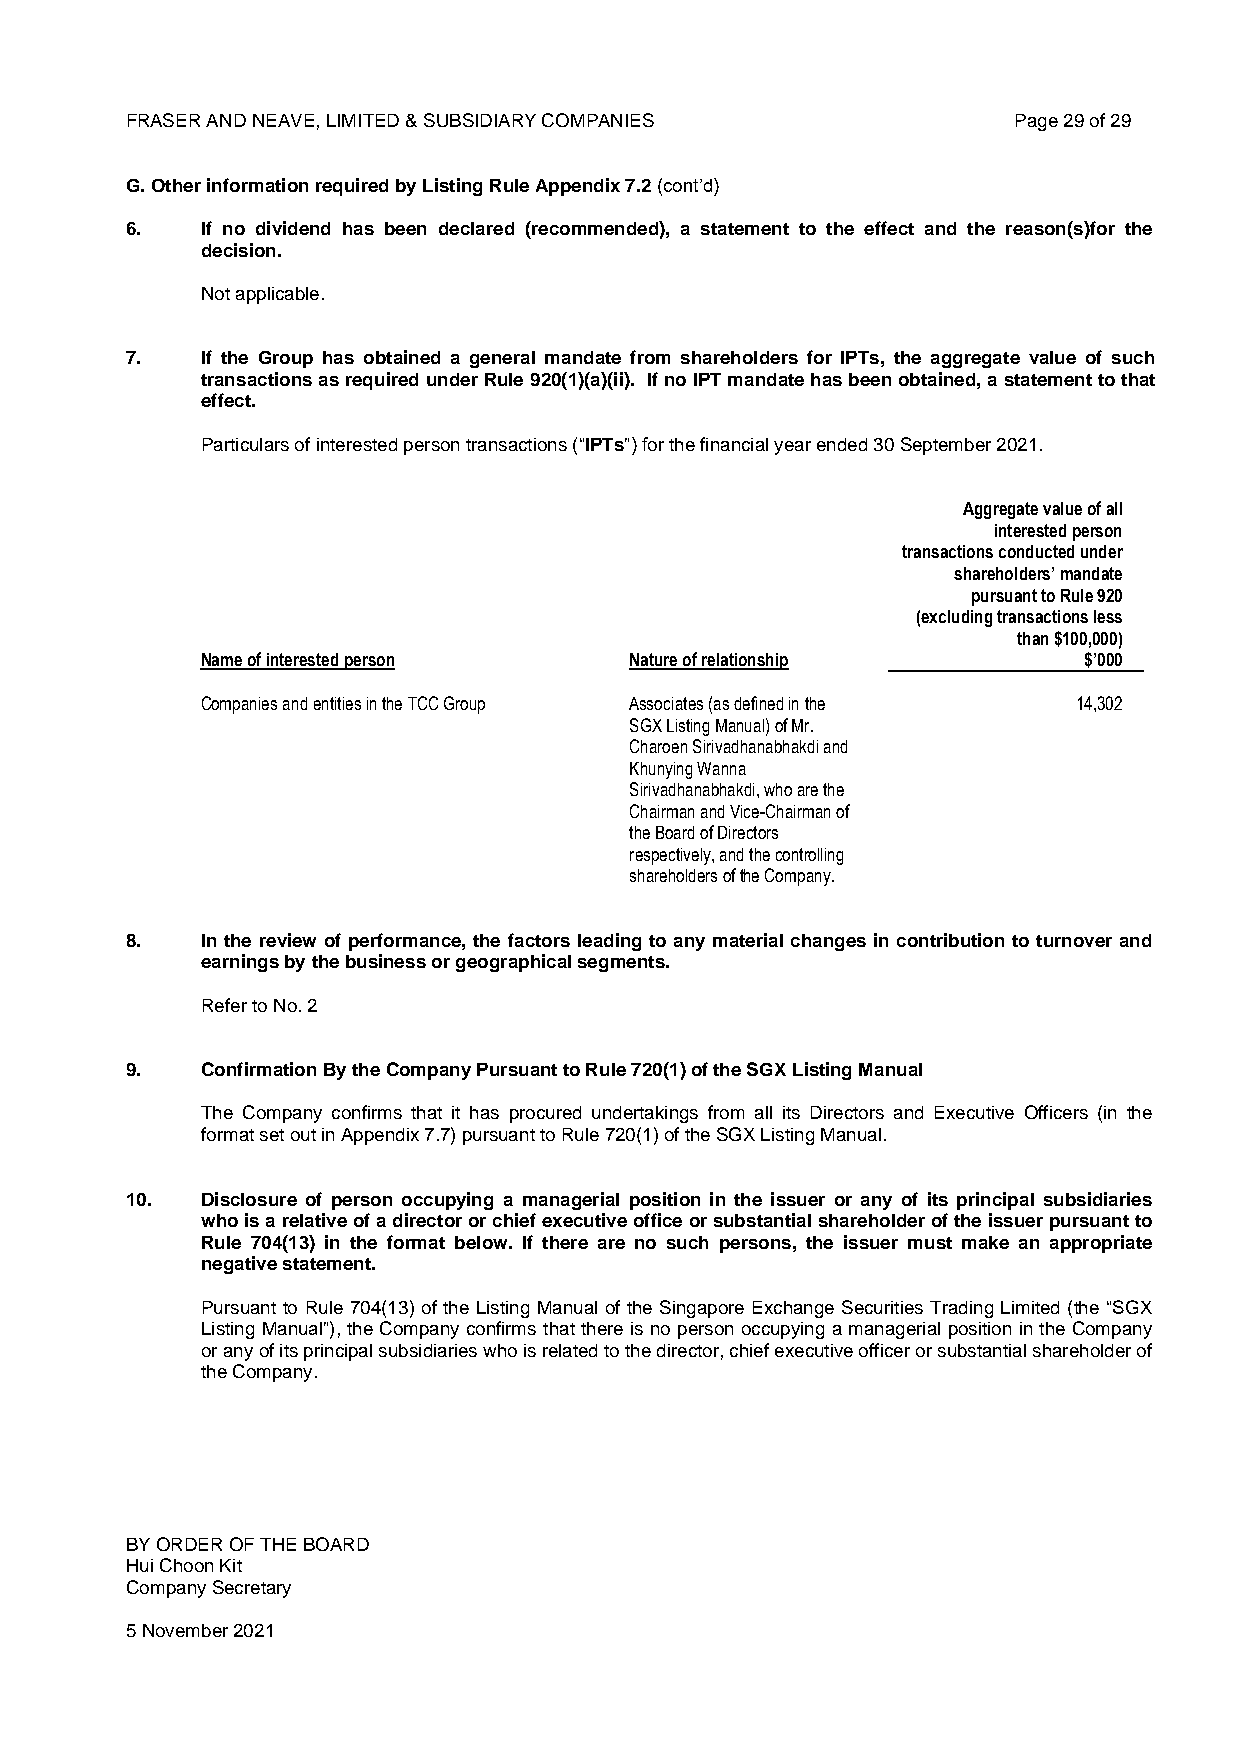
FRASER AND NEAVE, LIMITED & SUBSIDIARY COMPANIES           Page 29 of 29
 G. Other information required by Listing Rule Appendix 7.2 (cont’d)
 6.   If no dividend has been declared (recommended), a statement to the effect and the reason(s)for the
 decision.
 Not applicable.
 7.   If the Group has obtained a general mandate from shareholders for IPTs, the aggregate value of such
 transactions as required under Rule 920(1)(a)(ii). If no IPT mandate has been obtained, a statement to that
 effect.
 Particulars of interested person transactions (“IPTs”) for the financial year ended 30 September 2021.
 Aggregate value of all
 interested person
 transactions conducted under
 shareholders’ mandate
 pursuant to Rule 920
 (excluding transactions less
 than $100,000)
 Name of interested person    Nature of relationship        $’000
 Companies and entities in the TCC Group Associates (as defined in the 14,302
 SGX Listing Manual) of Mr.
 Charoen Sirivadhanabhakdi and
 Khunying Wanna
 Sirivadhanabhakdi, who are the
 Chairman and Vice-Chairman of
 the Board of Directors
 respectively, and the controlling
 shareholders of the Company.
 8.   In the review of performance, the factors leading to any material changes in contribution to turnover and
 earnings by the business or geographical segments.
 Refer to No. 2
 9.   Confirmation By the Company Pursuant to Rule 720(1) of the SGX Listing Manual
 The Company confirms that it has procured undertakings from all its Directors and Executive Officers (in the
 format set out in Appendix 7.7) pursuant to Rule 720(1) of the SGX Listing Manual.
 10.  Disclosure of person occupying a managerial position in the issuer or any of its principal subsidiaries
 who is a relative of a director or chief executive office or substantial shareholder of the issuer pursuant to
 Rule 704(13) in the format below. If there are no such persons, the issuer must make an appropriate
 negative statement.
 Pursuant to Rule 704(13) of the Listing Manual of the Singapore Exchange Securities Trading Limited (the “SGX
 Listing Manual”), the Company confirms that there is no person occupying a managerial position in the Company
 or any of its principal subsidiaries who is related to the director, chief executive officer or substantial shareholder of
 the Company.
 BY ORDER OF THE BOARD
 Hui Choon Kit
 Company Secretary
 5 November 2021